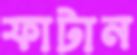
ফাটান